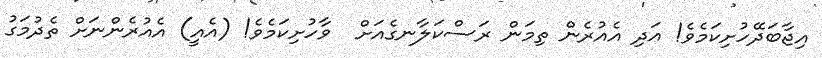
އިޖާބަދޭހުށިކަމެވެ! އަދި އެއުރެން ތިމަން ރަސްކަލާނގެއަށް  ވާހުށިކަމެވެ! (އެއީ) އެއުރެންނަށް ތެދުމަގު